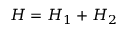
H = H _ { 1 } + H _ { 2 }